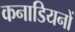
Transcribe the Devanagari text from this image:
कनाडियनों